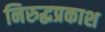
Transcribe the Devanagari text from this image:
निरुद्धप्रकाश